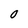
Character: 0